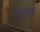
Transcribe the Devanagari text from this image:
क्रासा